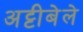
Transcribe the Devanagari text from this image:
अट्टीबेले